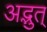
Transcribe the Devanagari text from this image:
अद्भुत्‌